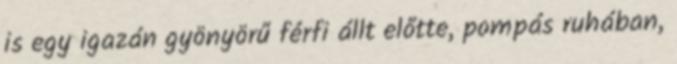
is egy igazán gyönyörű férfi állt előtte, pompás ruhában,